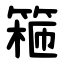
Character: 篐